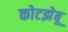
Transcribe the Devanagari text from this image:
कोटझेबू